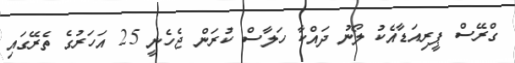
ގްރޭސް ޕީރިއަޑާއެކު ލޯނު ދައްކާ ހަލާސް ކުރަން ޖެހެނީ 25 އަހަރުގެ ތެރޭގައި